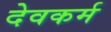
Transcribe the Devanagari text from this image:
देवकर्म